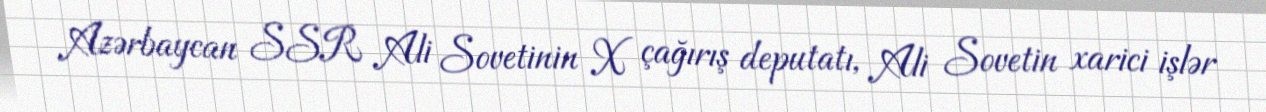
Azərbaycan SSR Ali Sovetinin X çağırış deputatı, Ali Sovetin xarici işlər